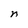
Character: n